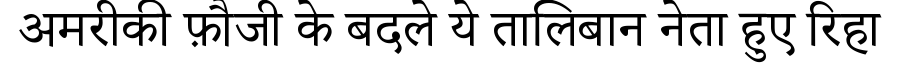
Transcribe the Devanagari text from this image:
अमरीकी फ़ौजी के बदले ये तालिबान नेता हुए रिहा